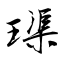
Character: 璖